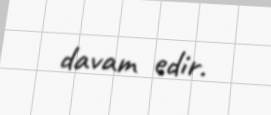
davam edir.